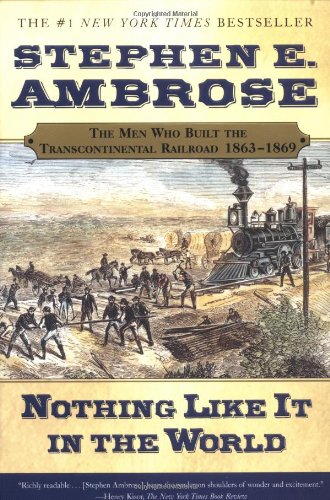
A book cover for Nothing Like It In the World: The Men Who Built the Transcontinental Railroad 1863-1869; Stephen E. Ambrose; Engineering & Transportation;